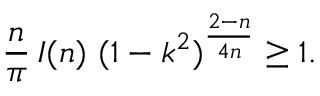
\frac { n } { \pi } \, I ( n ) \, \, ( 1 - k ^ { 2 } ) ^ { \frac { 2 - n } { 4 n } } \geq 1 .